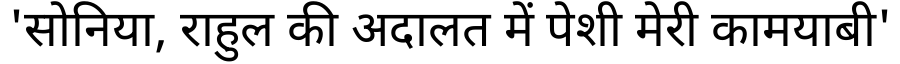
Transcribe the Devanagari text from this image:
'सोनिया, राहुल की अदालत में पेशी मेरी कामयाबी'